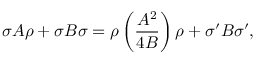
\sigma A \rho + \sigma B \sigma = \rho \left( { \frac { A ^ { 2 } } { 4 B } } \right) \rho + \sigma ^ { \prime } B \sigma ^ { \prime } ,